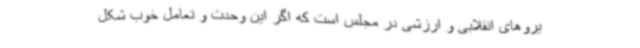
یروهای انقلابی و ارزشی در مجلس است که اگر این وحدت و تعامل خوب شکل